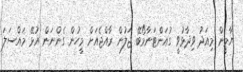
ޔާމީން މިއަދު ވިދާޅުވީ ގުއަންޓަނާމޯބޭ ޖަލުން ރާއްޖެއަށް މީހުން ގެންނަން އުޅޭ މައްސަލަ